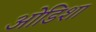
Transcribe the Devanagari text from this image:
ओडिशा